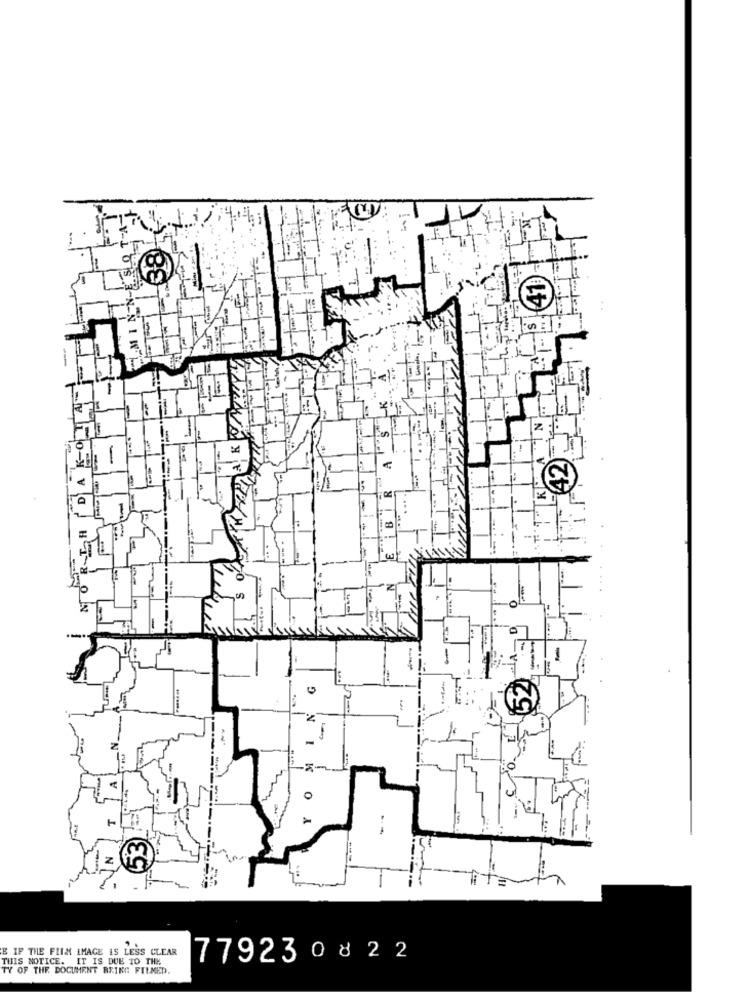
47.
-
-
€
NORTH
-
--
-
IF THE FILM IMAGE IS LESS CLEAR
THIS NOTICE. IT IS DUE 10 THE
779230822
TY OF THE DOCUMENT BEING FILMED.